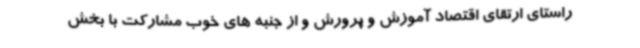
راستای ارتقای اقتصاد آموزش و پرورش و از جنبه های خوب مشارکت با بخش